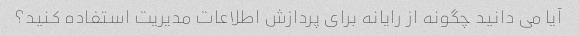
آیا می دانید چگونه از رایانه برای پردازش اطلاعات مدیریت استفاده کنید؟